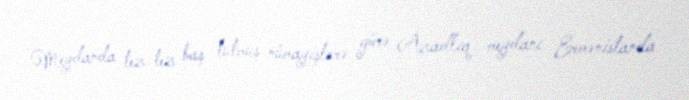
Meydanda tez-tez baş tutmuş nümayişlərə görə Azadlıq meydanı Ermənistanda